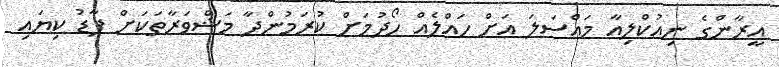
އީރާންގެ ނިއުކްލިއާ މައްސަލަ އަށް ހައްލެއް ހޯދުމަށް ކުރަމުންދާ މަޝްވަރާތަަކަށް ފާޑު ކިޔައި